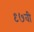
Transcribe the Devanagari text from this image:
९७वी